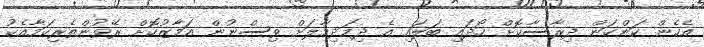
އެހެން ކަންކަން ދިރާސާކޮށް ހޯދައި ބަލައި އެ ދިމަދިމާލަށް ވިސްނުން އަމާޒުކޮށް ރޭވުންތެރިކަމާއެކު